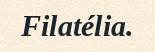
Filatélia.